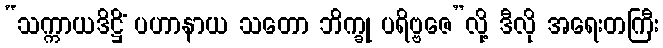
“သက္ကာယဒိဋ္ဌိံ ပဟာနာယ သတော ဘိက္ခု ပရိဗ္ဗဇေ”လို့ ဒီလို အရေးတကြီး